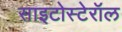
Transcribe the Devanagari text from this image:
साइटोस्टेरॉल